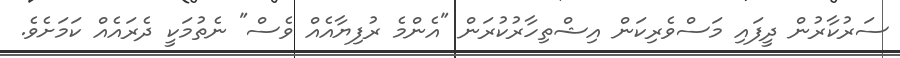
ސަރުކާރުން ދީފައި މަސްވެރިކަން އިޝްތިހާރުކުރަން "އެންމެ ރުފިޔާއެއް ވެސް" ނެތުމަކީ ދެރައެއް ކަމަށެވެ.